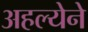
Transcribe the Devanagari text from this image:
अहल्येने